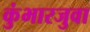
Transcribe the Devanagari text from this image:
कुंभारजुवा